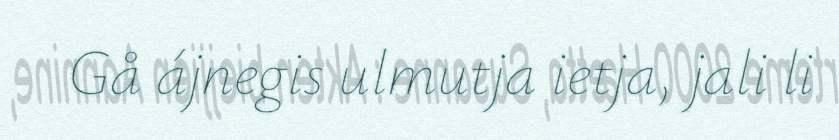
Gå ájnegis ulmutja ietja, jali li